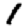
Digit: 1